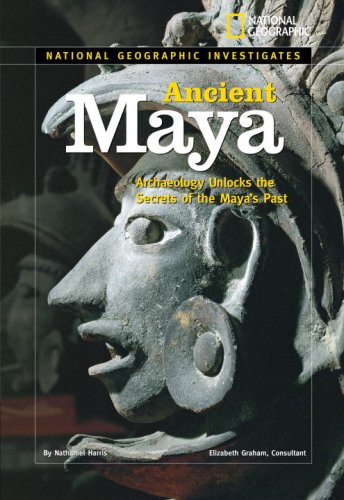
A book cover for National Geographic Investigates: Ancient Maya: Archaeology Unlocks the Secrets of the Maya's Past; Nathaniel Harris; Children's Books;